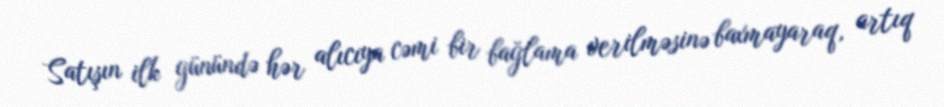
Satışın ilk günündə hər alıcıya cəmi bir bağlama verilməsinə baxmayaraq, artıq